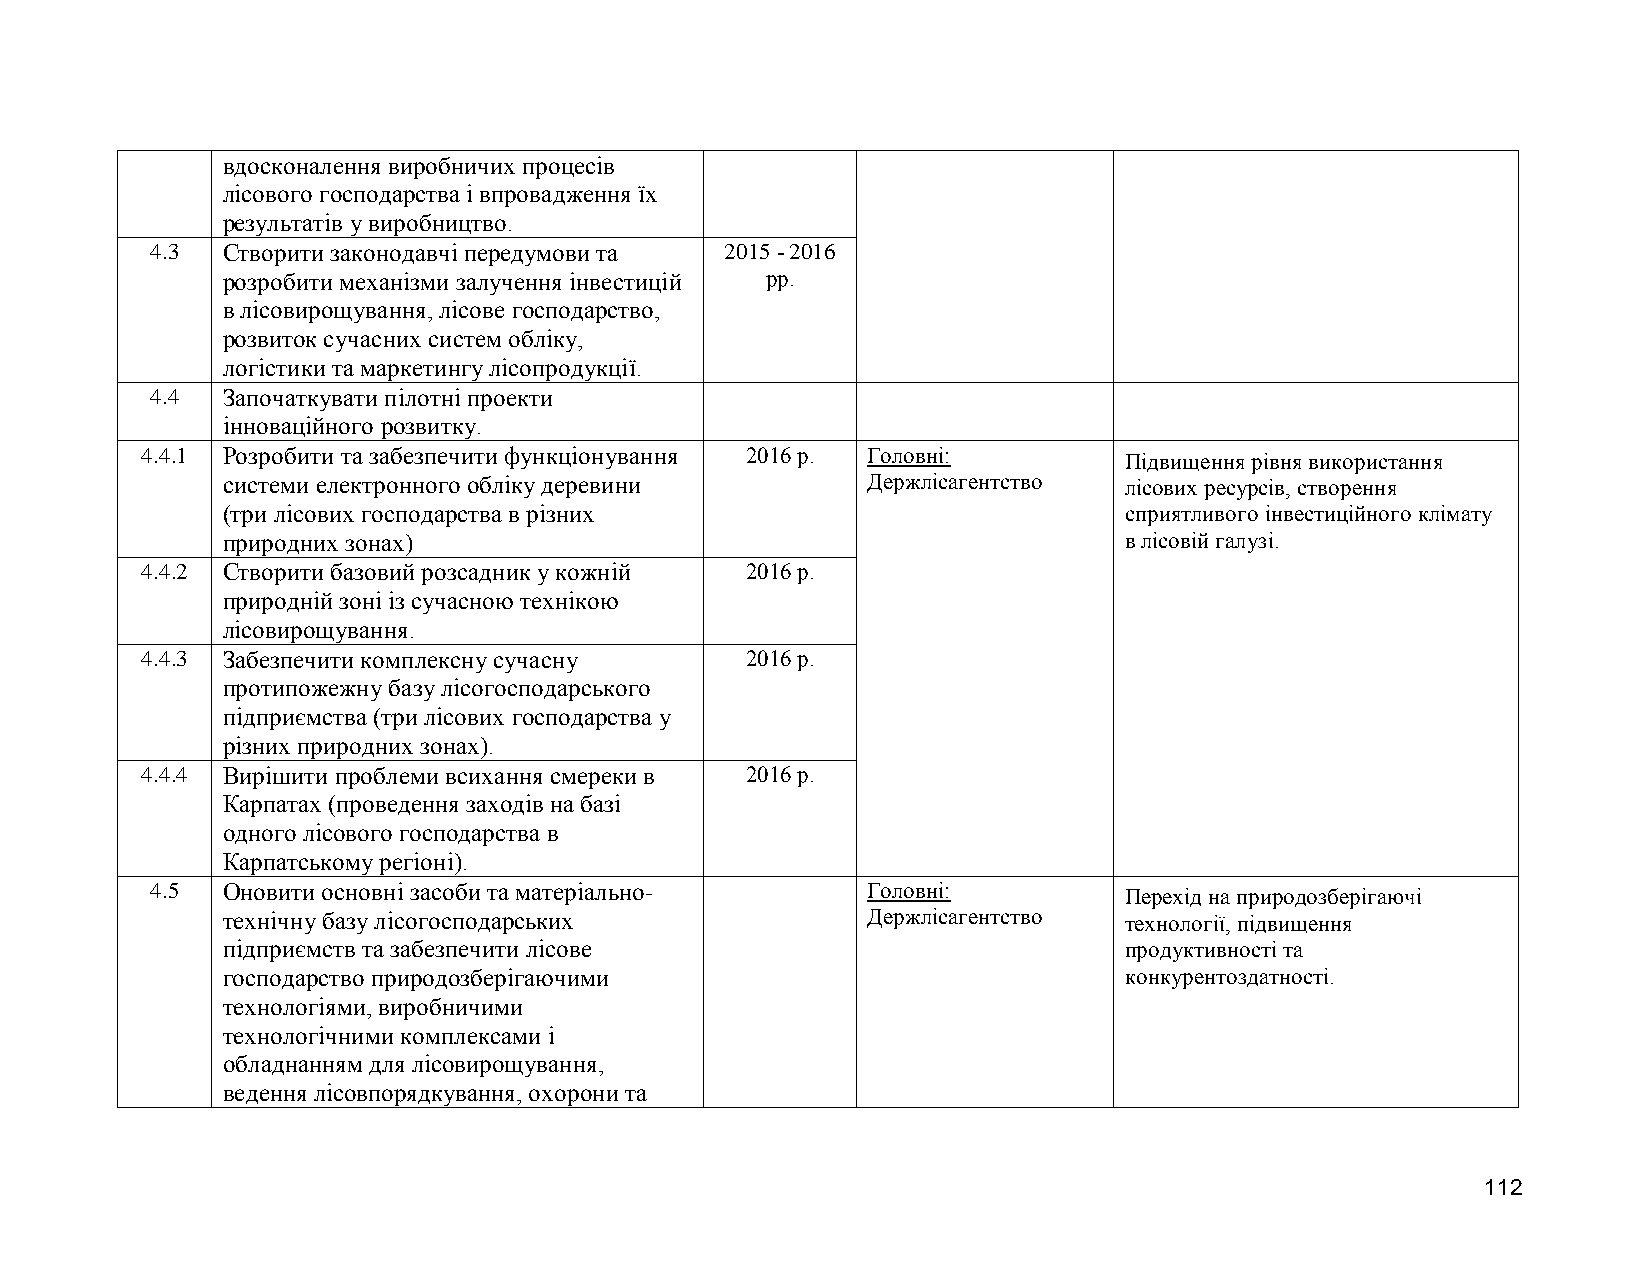
вдосконалення виробничих процесів
 лісового господарства і впровадження їх
 результатів у виробництво.
 4.3  Створити законодавчі передумови та 2015 - 2016
 розробити механізми залучення інвестицій рр.
 в лісовирощування, лісове господарство,
 розвиток сучасних систем обліку,
 логістики та маркетингу лісопродукції.
 4.4  Започаткувати пілотні проекти
 інноваційного розвитку.
 4.4.1 Розробити та забезпечити функціонування 2016 р. Головні:   Підвищення рівня використання
 системи електронного обліку деревини      Держлісагентство лісових ресурсів, створення
 (три лісових господарства в різних                         сприятливого інвестиційного клімату
 природних зонах)                                           в лісовій галузі.
 4.4.2 Створити базовий розсадник у кожній 2016 р.
 природній зоні із сучасною технікою
 лісовирощування.
 4.4.3 Забезпечити комплексну сучасну    2016 р.
 протипожежну базу лісогосподарського
 підприємства (три лісових господарства у
 різних природних зонах).
 4.4.4 Вирішити проблеми всихання смереки в 2016 р.
 Карпатах (проведення заходів на базі
 одного лісового господарства в
 Карпатському регіоні).
 4.5  Оновити основні засоби та матеріально-    Головні:         Перехід на природозберігаючі
 технічну базу лісогосподарських           Держлісагентство технології, підвищення
 підприємств та забезпечити лісове                          продуктивності та
 господарство природозберігаючими                           конкурентоздатності.
 технологіями, виробничими
 технологічними комплексами і
 обладнанням для лісовирощування,
 ведення лісовпорядкування, охорони та
 112